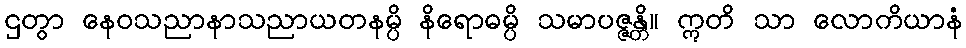
ဌတွာ နေဝသညာနာသညာယတနမ္ပိ နိရောဓမ္ပိ သမာပဇ္ဇန္တိ။ ဣတိ သာ လောကိယာနံ